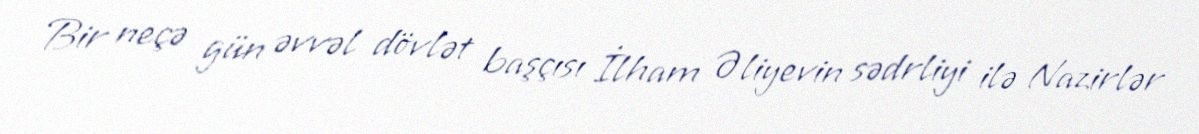
Bir neçə gün əvvəl dövlət başçısı İlham Əliyevin sədrliyi ilə Nazirlər